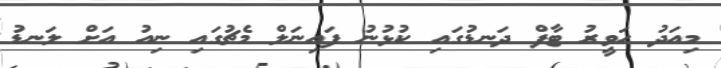
މިއަދު ހަވީރު ޓާފް ދަނޑުގައި ކުޅުނު ފައިނަލް މެޗުގައި ނިއު އަށް ލަނޑު